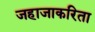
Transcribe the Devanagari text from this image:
जहाजाकरिता